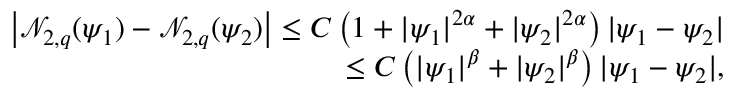
\begin{array} { r } { \left| \mathcal { N } _ { 2 , q } ( \psi _ { 1 } ) - \mathcal { N } _ { 2 , q } ( \psi _ { 2 } ) \right| \leq C \left( 1 + | \psi _ { 1 } | ^ { 2 \alpha } + | \psi _ { 2 } | ^ { 2 \alpha } \right) | \psi _ { 1 } - \psi _ { 2 } | } \\ { \leq C \left( | \psi _ { 1 } | ^ { \beta } + | \psi _ { 2 } | ^ { \beta } \right) | \psi _ { 1 } - \psi _ { 2 } | , } \end{array}